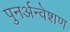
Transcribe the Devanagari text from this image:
पुनर्अन्वेशण